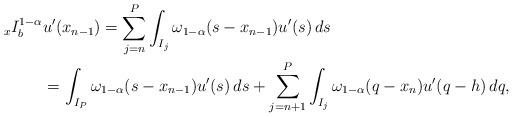
LaTeX: \begin{align*}\begin{aligned}_xI_b^{1-\alpha} &u'(x_{n-1}) =\sum_{j=n}^{P}\int_{I_j}\omega_{1-\alpha}(s-x_{n-1})u'(s)\,ds\\&= \int_{I_P}\omega_{1-\alpha}(s-x_{n-1})u'(s)\,ds +\sum_{j=n+1}^{P}\int_{I_j}\omega_{1-\alpha}(q-x_{n})u'(q-h)\,dq,\end{aligned}\end{align*}